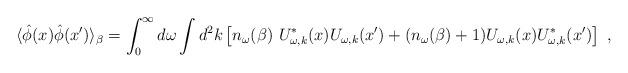
LaTeX: \begin{align*}\langle \hat{\phi}(x)\hat{\phi}(x')\rangle_\beta=\int_{0}^{\infty}d\omega\int d^2k\left[n_\omega(\beta)~ U^{*}_{\omega,k}(x)U_{\omega,k}(x')+(n_\omega(\beta)+1)U_{\omega,k}(x)U^{*}_{\omega,k}(x')\right]~,\end{align*}